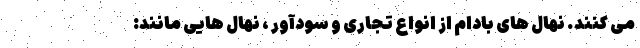
می كنند. نهال های بادام از انواع تجاری و سودآور ، نهال هایی مانند: